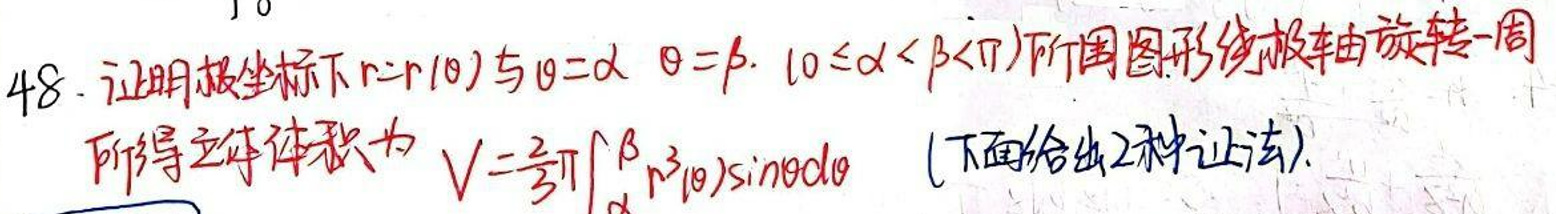
\(48.\) 证明极坐标下\(r = r(\theta)\)与\(\theta=\alpha,\theta=\beta(0\leqslant\alpha<\beta\leqslant\pi)\)所围图形绕极轴旋转一周所得立体体积为
\[V=\frac{2}{3}\pi\int_{\alpha}^{\beta}r^{3}(\theta)\sin\theta d\theta\]
（下面给出\(2\)种证法）.